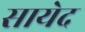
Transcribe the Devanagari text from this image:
सायेद